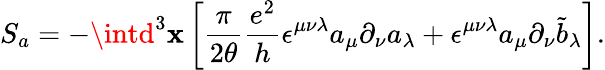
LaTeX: S_{a}=-\intd^{3}\mathbf{x}\left[\frac{{\pi}}{{2\theta}}\frac{{e^{2}}}{{h}}\epsilon^{\mu\nu\lambda}a_{\mu}\partial_{\nu}a_{\lambda}+\epsilon^{\mu\nu\lambda}a_{\mu}\partial_{\nu}{\tilde{{b}}}_{\lambda}\right].